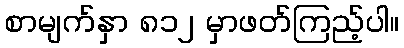
စာမျက်နှာ ၈၁၂ မှာဖတ်ကြည့်ပါ။